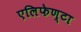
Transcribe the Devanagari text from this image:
एलिफेण्टा